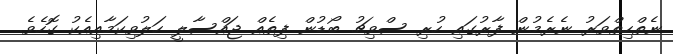
ނެތްހިތްވަރު ނެރެމުން ފާރުގައި ހުރި ސްވިޗު ބޯޑުން ފިތެއް ޖައްސާލީ ހަލުވިކަމާއިއެކު ގޮހެވެ.